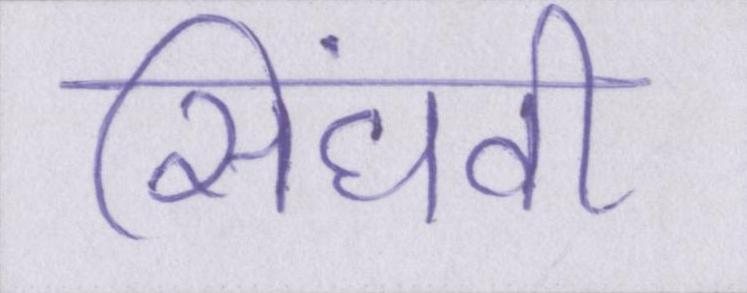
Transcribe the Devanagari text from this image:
सिंघवी